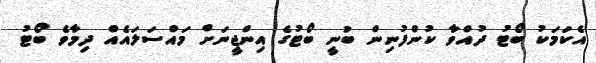
އެކަމަކު ބޯޓު ދުއްވާ ކުންފުނިން ބުނީ ބޯޓުގެ އިންޖީނަށް މައްސަލައެއް ދިމާވެ ބޯޓު